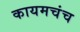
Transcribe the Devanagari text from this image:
कायमचंच